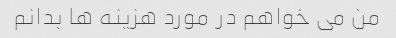
من می خواهم در مورد هزینه ها بدانم